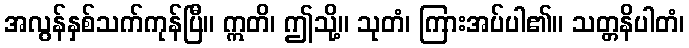
အလွန်နှစ်သက်ကုန်ပြီ။ ဣတိ၊ ဤသို့။ သုတံ၊ ကြားအပ်ပါ၏။ သတ္တနိပါတံ၊